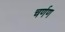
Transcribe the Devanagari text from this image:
चर्णण